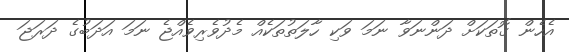
އެހެން ގޮތަކަށް ދަންނަވާ ނަމަ ވަކި ހާލަތުތަކެއް މެދުވެރިވެއްޖެ ނަމަ އަދަބުގެ ދަރަޖަ